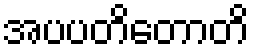
အပပတိတောတိ